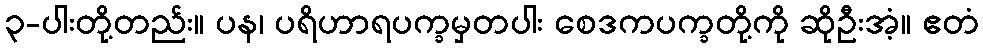
၃-ပါးတို့တည်း။ ပန၊ ပရိဟာရပက္ခမှတပါး စေဒကပက္ခတို့ကို ဆိုဦးအံ့။ ဧတံ